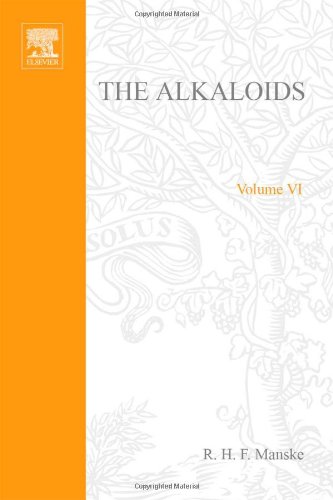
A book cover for The Alkaloids: Chemistry and Physiology V6, Volume 6; Science & Math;